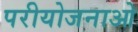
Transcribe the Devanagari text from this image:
परीयोजनाओ